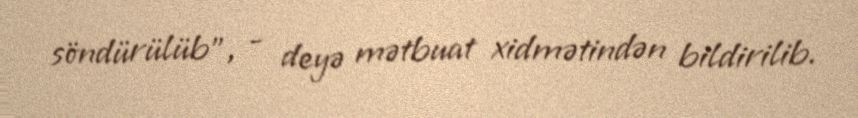
söndürülüb”, - deyə mətbuat xidmətindən bildirilib.